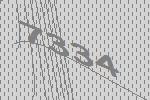
7334